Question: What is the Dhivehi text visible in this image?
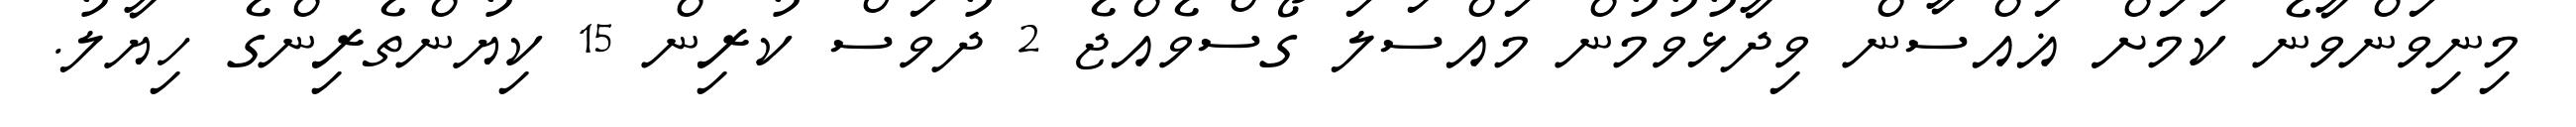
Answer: މިނިވަންވާނެ ކަމަށް ޣައްސާން ވިދާޅުވުމުން މައްސަލަ ގޯސްވެއްޖެ 2 ދުވަސް ކުރިން 15 ކިޔުންތެރިންގެ ހިޔާލު.